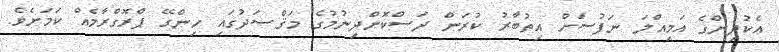
އެކުދިންގެ އަމިއްލަ ނަފުސަށް އިތުބާރު ކުރަން ދަސްކޮށްދިނުމުގެ މަޤްޞަދުގައި ހިންގޭ ޕްރޮގްރާމެއް ކަމަށެވެ.